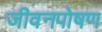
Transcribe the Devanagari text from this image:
जीवनपोषण